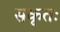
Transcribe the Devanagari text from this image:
सकृतः